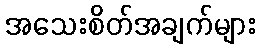
အသေးစိတ်အချက်များ